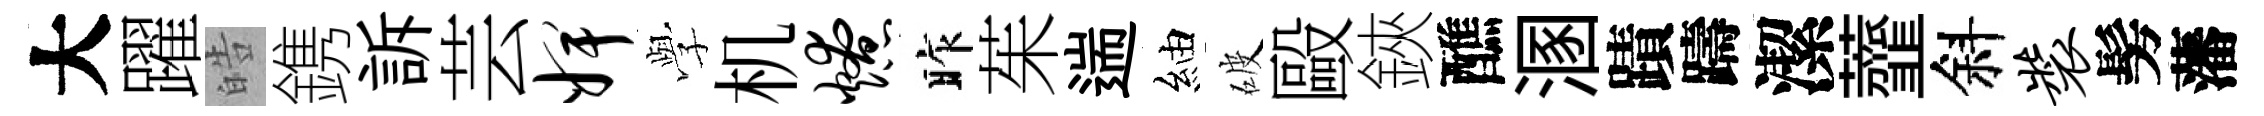
大躍皓鎸訴芸婢𫝯机燎昨茱遄紬破毆鋏醮溷蹟躊潔虀斜装髣藩